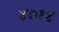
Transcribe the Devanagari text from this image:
४०१४